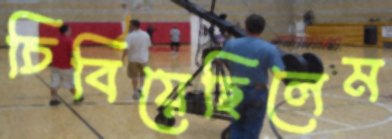
চিবিয়েছিলেম